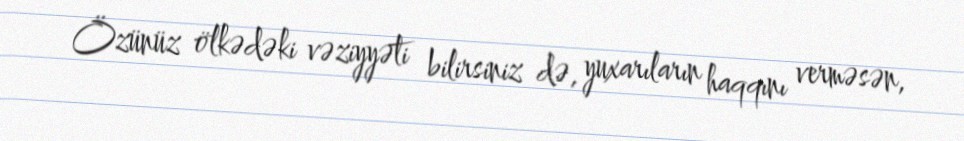
Özünüz ölkədəki vəziyyəti bilirsiniz də, yuxarıların haqqını verməsən,